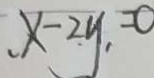
x - 2 y , = 0